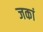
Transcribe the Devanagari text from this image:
जकां